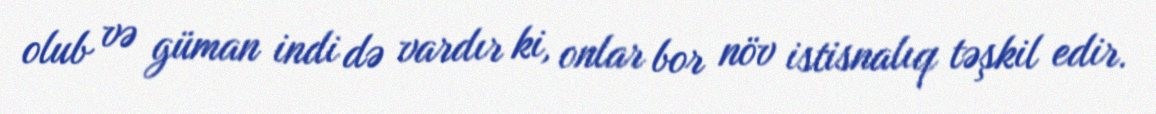
olub və güman indi də vardır ki, onlar bor növ istisnalıq təşkil edir.